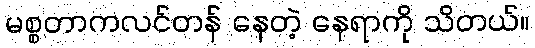
မစ္စတာကလင်တန် နေတဲ့ နေရာကို သိတယ်။